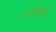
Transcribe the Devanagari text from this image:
६नौचौकी